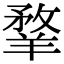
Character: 𦎦